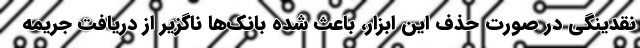
نقدینگی در صورت حذف این ابزار، باعث شده بانک‌ها ناگزیر از دریافت جریمه